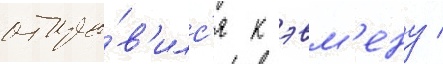
отпра́в'илс'я к эвм'ену /